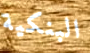
البنكية